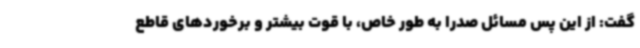
گفت: از این پس مسائل صدرا به طور خاص، با قوت بیشتر و برخوردهای قاطع